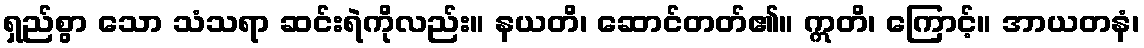
ရှည်စွာ သော သံသရာ ဆင်းရဲကိုလည်း။ နယတိ၊ ဆောင်တတ်၏။ ဣတိ၊ ကြောင့်။ အာယတနံ၊